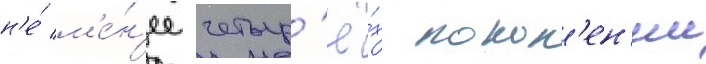
н'е́ м'е́н'ее четыр'ё́х покол'ен'ии